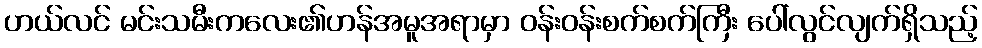
ဟယ်လင် မင်းသမီးကလေး၏ဟန်အမူအရာမှာ ဝန်းဝန်းစက်စက်ကြီး ပေါ်လွင်လျက်ရှိသည့်